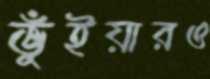
ভুঁইয়ারও